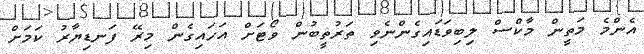
އެންމެ މަތީން މާކްސް ލިބިވަޑައިގެންނެވި ތަރުތީބުން ވޯޓަށް އަހައިގެން މިރޭ ފަނޑިޔާރު ކަމަށް